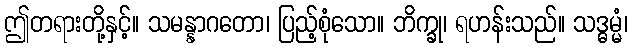
ဤတရားတို့နှင့်။ သမန္နာဂတော၊ ပြည့်စုံသော။ ဘိက္ခု၊ ရဟန်းသည်။ သဒ္ဓမ္မံ၊